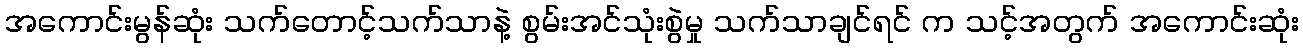
အကောင်းမွန်ဆုံး သက်တောင့်သက်သာနဲ့ စွမ်းအင်သုံးစွဲမှု သက်သာချင်ရင် က သင့်အတွက် အကောင်းဆုံး